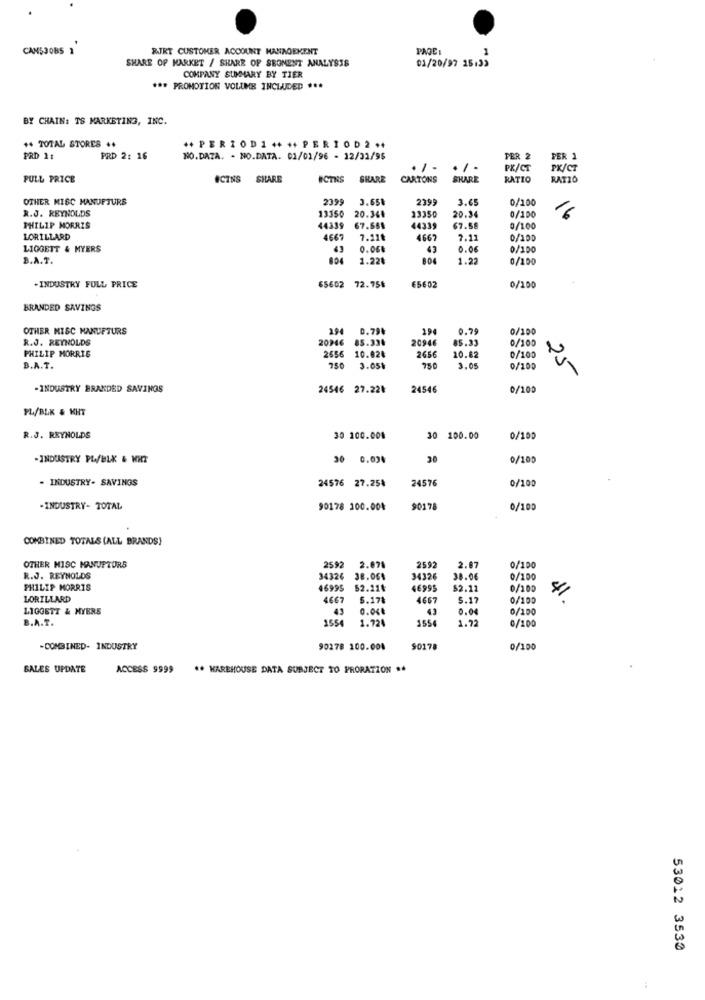
CANSJOBS 2
RJRT CUSTOMER ACCOUNT MANAGEMENT
PAGE
1
SHARE OF MARKET / SHARE OF SBONENT ANALYSIS
01/20/97 15:33
COMPANY SUMMARY BY TIER
*** PROMOTION VOLUME INCLUDED ***
BY CHAIN: TS MARKETING, INC.
++ TOTAL STORES **
++ PERIOD1 ++ ++ PERIOD 2 ++
PRD It
PRD 2: 16
NO.DAZA. - NO.DATA. 01/01/96 - 12/31/95
TER 2
PER 1
...
PX/CT
PK/CT
FULL PRICE
OCINS
SHARE
ICTNS
SHARE
CARTONS
SKARE
RATIC
RATIO
OTHER MISC MANUFTURS
239
3.65₺
229
3.65
0/100
R.J. REYNOLDS
13350
23350
20.36
20.34
0/100
PHILIP MORRIS
44339
67.668
44339
67.58
0/100
LORILLARD
4667
7.11₺
4667
7.11
0/100
LIGGETT & MYERS
43
43
0.06
0/100
B.A.T.
804
1.22₺
804
1.22
0/100
65602
.INDUSTRY FULL PRICE
65602 72.75₺
0/100
BRANDED SAVINGS
OTHER MISC MANUFTURS
294
0.79
194
0.75
0/100
R.J. REYNOLDS
20946
85.334
20946
85.33
0/100
2656
10.028
2656
PHILIP MORRIS
10.62
0/100
B.A.T.
750
3.05%
3,05
0/100
25
-INDUSTRY BRANDED SAVINGS
24546 27.22₺
24546
0/100
PL/BLK & KHT
R.J. REYNOLDS
30 100.00%
30 100.00
0/100
-INDUSTRY PL/BLK & NHT
30 0.00₺
20
0/100
. INDUSTRY- SAVINGS
24576 27.25%
24576
0/100
-INDUSTRY- TOTAL
90178 100.004
90178
0/100
COMBINED TOTALS (ALL BRANDS}
OTHER MISC MANUPTORS
2592
2.078
2592
2.87
0/100
R.J. REYNOLDS
34326 38.064
34326
38.06
0/100
PHILIP MORRIS
46995 52.214
46995
$2.11
0/100
LORILLARD
4667
5.178
4667
S.17
0/100
LIGGETT & MYERS
43
0.04€
0.04
0/100
B.A.T.
1554
1.724
1554
1.22
0/100
COMBINED- INDUSTRY
90278 100.004
90178
0/100
SALES UPDATE
ACCESS 9999
** KAREHOUSE DATA SUBJECT TO PRORATION **
53012 3530